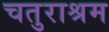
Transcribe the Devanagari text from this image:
चतुराश्रम